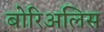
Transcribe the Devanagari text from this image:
बोरिअलिस